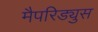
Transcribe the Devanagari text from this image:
मैपरिड्युस